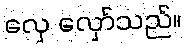
လှေ လှော်သည်။